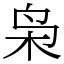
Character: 枭